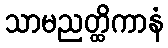
သာမညတ္ထိကာနံ